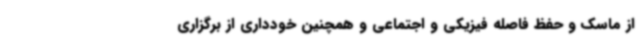
از ماسک و حفظ فاصله فیزیکی و اجتماعی و همچنین خودداری از برگزاری